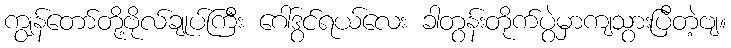
ကျွန်တော်တို့ဗိုလ်ချုပ်ကြီး ဂေါ်ဒွင်ရယ်လေး ခါတွန်းတိုက်ပွဲမှာကျသွားပြီတဲ့ဗျ။